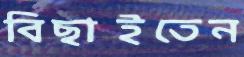
বিছাইতেন